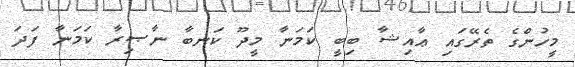
މީހުންގެ ތެރޭގައި ޢާއިޝާ ބިބީ ކަމަނާ މީދޫ ކަނބާ ނާޞިރާ ކަމަނާ ފަދަ